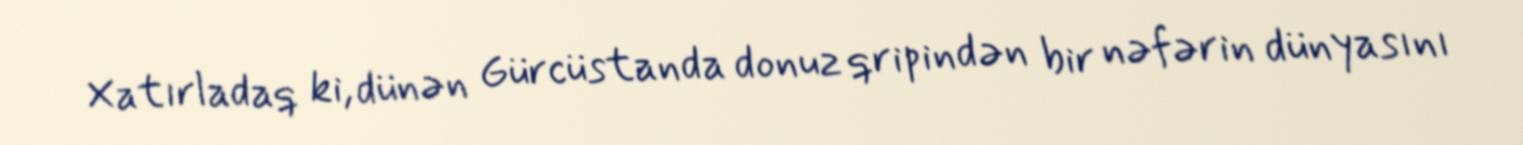
Xatırladaq ki, dünən Gürcüstanda donuz qripindən bir nəfərin dünyasını